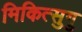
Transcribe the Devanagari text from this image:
मिकित्सुगु